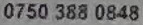
0750 388 0848